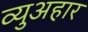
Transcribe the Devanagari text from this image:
व्युअहार